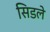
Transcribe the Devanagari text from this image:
सिडले